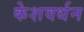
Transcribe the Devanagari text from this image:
केशवर्धन